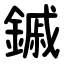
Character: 鏚